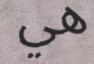
هي